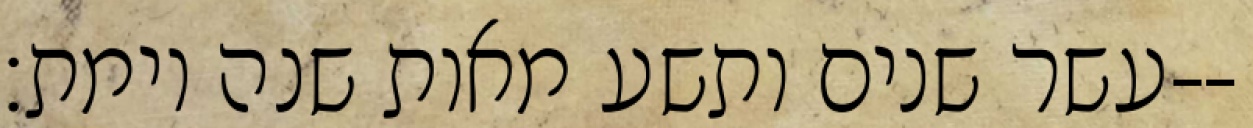
עשר שנים ותשע מאות שנה וימת׃--